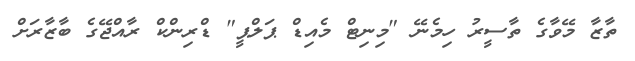
ތާޒާ މޭވާގެ ތާސީރު ހިމެނޭ "މިނިޓް މެއިޑް ޕަލްޕީ" ޑްރިންކް ރާއްޖޭގެ ބާޒާރަށް